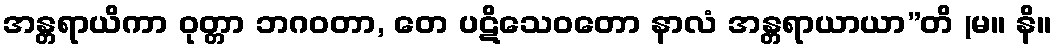
အန္တရာယိကာ ဝုတ္တာ ဘဂဝတာ, တေ ပဋိသေဝတော နာလံ အန္တရာယာယာ”တိ (မ။ နိ။